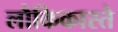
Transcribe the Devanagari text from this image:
लौकिकास्ते